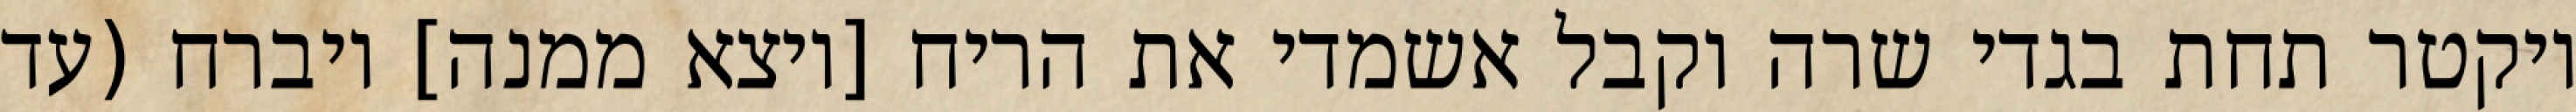
ויקטר תחת בגדי שרה וקבל אשמדי את הריח [ויצא ממנה] ויברח (עד